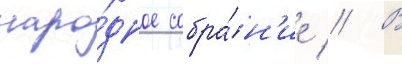
наро́дное собра́н'ие // В